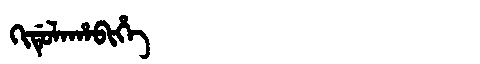
Manchu: ᡴᡳᡩᡠᠯᠠᡥᠠᠪᡳᡥᡝ
Romanization: KIDULAHABIHE